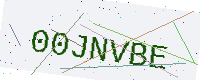
Text: 00JNVBE